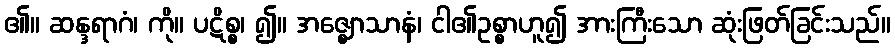
၏။ ဆန္ဒရာဂံ၊ ကို။ ပဋိစ္စ၊ ၍။ အဇ္ဈောသာနံ၊ ငါ၏ဥစ္စာဟူ၍ အားကြီးသော ဆုံးဖြတ်ခြင်းသည်။